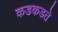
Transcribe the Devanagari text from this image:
कडकडते